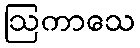
ဩကာသေ